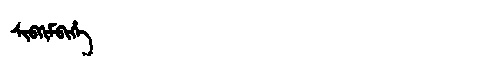
Manchu: ᠰᡳᠪᡴᡳᠮᠪᡳᡥᡝ
Romanization: SIBKIMBIHE